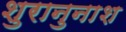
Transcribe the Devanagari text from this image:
शुरानुनाश